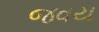
જવય